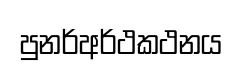
පුනර්අර්ථකථනය